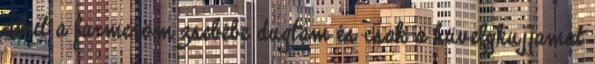
amit a farmerom zsebébe dugtam és csak a hüvelykujjamat